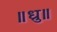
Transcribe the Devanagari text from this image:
॥ध्रु॥